Lunatic asylums Burma 1922-24 - 1922-1924
Year: 1922
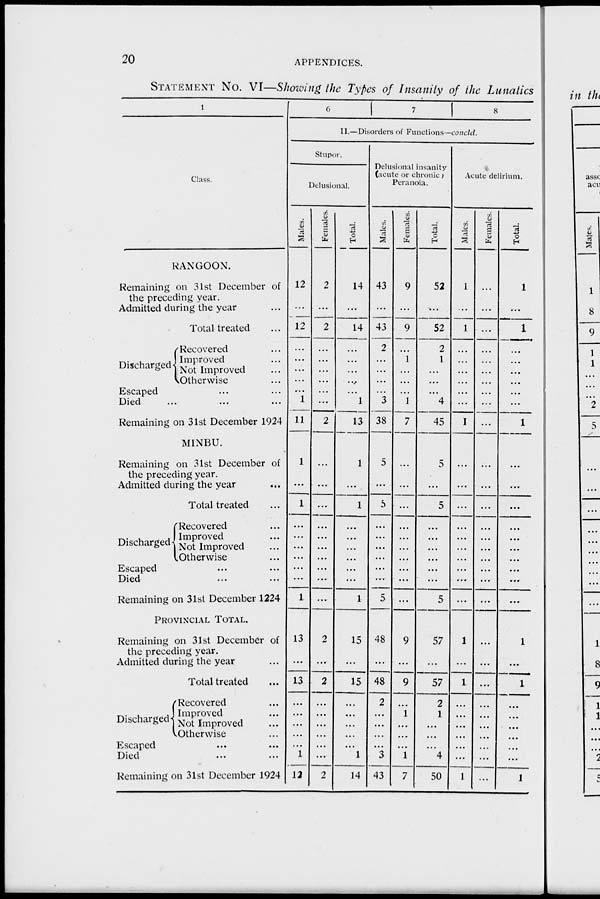
20
APPENDICES.
STATEMENT No. VI—Showing the Types of Insanity of the Lunatics
1
Class.
RANGOON.
Remaining on 31st December of
the preceding year.
Admitted during the year ...
Total treated ...
Discharged
Recovered ...
Improved ...
Not Improved ...
Otherwise ...
Escaped ... ...
Died ... ... ...
Remaining on 31st December 1924
MINBU.
Remaining on 31st December of
the preceding year.
Admitted during the year ...
Total treated ...
Discharged
Recovered ...
Improved ...
Not Improved ...
Otherwise ...
Escaped ... ...
Died ... ...
Remaining on 31st December 1224
PROVINCIAL TOTAL.
Remaining on 31st December of
the preceding year.
Admitted during the year ...
Total treated ...
Discharged
Recovered ...
Improved ...
Not Improved ...
Otherwise ...
Escaped ... ...
Died ... ...
Remaining on 31st December 1924
6
7
8
II.—Disorders of Functions—concld.
Stupor.
Delusional.
Males.
12
...
12
...
...
...
...
...
1
11
1
...
1
...
...
...
...
...
...
1
13
...
13
...
...
...
...
...
1
12
Females.
2
...
2
...
...
...
...
...
...
2
...
...
...
...
...
...
...
...
...
...
2
...
2
...
...
...
...
...
...
2
Total.
14
...
14
...
...
...
...
...
1
13
1
...
1
...
...
...
...
...
...
1
15
...
15
...
...
...
...
...
1
14
Delusional insanity
(acute or chronic)
Peranoia.
Males.
43
...
43
2
...
...
...
...
3
38
5
...
5
...
...
...
...
...
...
5
48
...
48
2
...
...
...
...
3
43
Females.
9
...
9
...
1
...
...
...
1
7
...
...
...
...
...
...
...
...
...
...
9
...
9
...
1
...
...
...
1
7
Total.
52
...
52
2
1
...
...
...
4
45
5
...
5
...
...
...
...
...
...
5
57
...
57
2
1
...
...
...
4
50
Acute delirium.
Males.
1
...
1
...
...
...
...
...
...
1
...
...
...
...
...
...
...
...
...
...
1
...
1
...
...
...
...
...
...
1
Females.
...
...
...
...
...
...
...
...
...
...
...
...
...
...
...
...
...
...
...
...
...
...
...
...
...
...
...
...
...
...
Total.
1
...
1
...
...
...
...
...
...
1
...
...
...
...
...
...
...
...
...
...
1
...
1
...
...
...
...
...
...
1